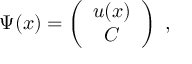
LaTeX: \Psi ( x ) = \left( \begin{array} { c } { { u ( x ) } } \\ { { C } } \end{array} \right) \; ,